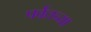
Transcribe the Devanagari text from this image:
पर्वतच्या